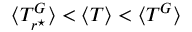
\langle T _ { r ^ { \star } } ^ { G } \rangle < \langle T \rangle < \langle T ^ { G } \rangle